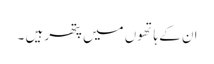
ان کے ہاتھوں میں پتھر ہیں ۔